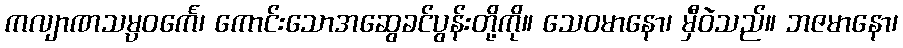
ကလျာဏသမ္ပဝင်္ကေ၊ ကောင်းသောအဆွေခင်ပွန်းတို့ကို။ သေဝမာနော၊ မှီဝဲသည်။ ဘဇမာနော၊